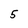
Character: 5